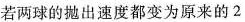
若两球的抛出速度都变为原来的2